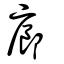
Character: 廊